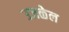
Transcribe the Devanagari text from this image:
उजळेल